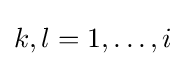
k,l=1,\ldots ,i